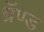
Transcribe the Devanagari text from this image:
ग्रॅण्ड